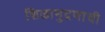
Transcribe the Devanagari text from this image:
शिळामुद्रणाची